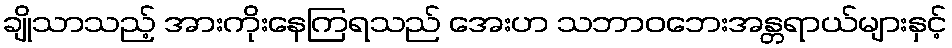
ချိုသာသည့် အားကိုးနေကြရသည် အေးဟ သဘာဝဘေးအန္တရာယ်များနှင့်